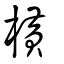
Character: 橫